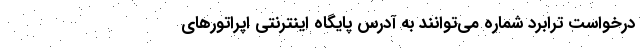
درخواست ترابرد شماره می‌توانند به آدرس پایگاه اینترنتی اپراتورهای